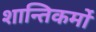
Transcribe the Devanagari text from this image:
शान्तिकर्मों